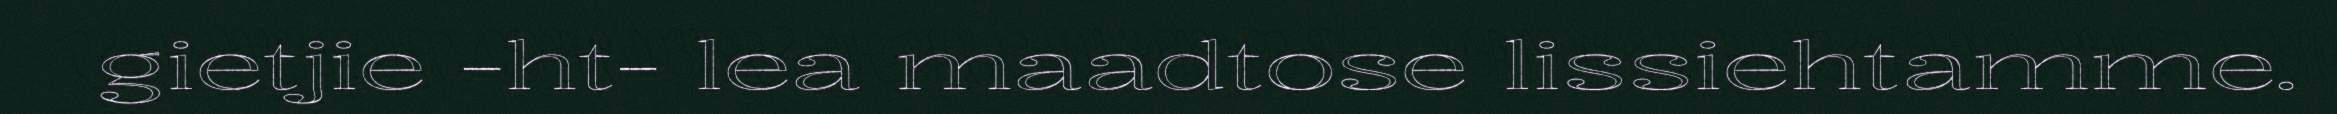
gietjie -ht- lea maadtose lissiehtamme.